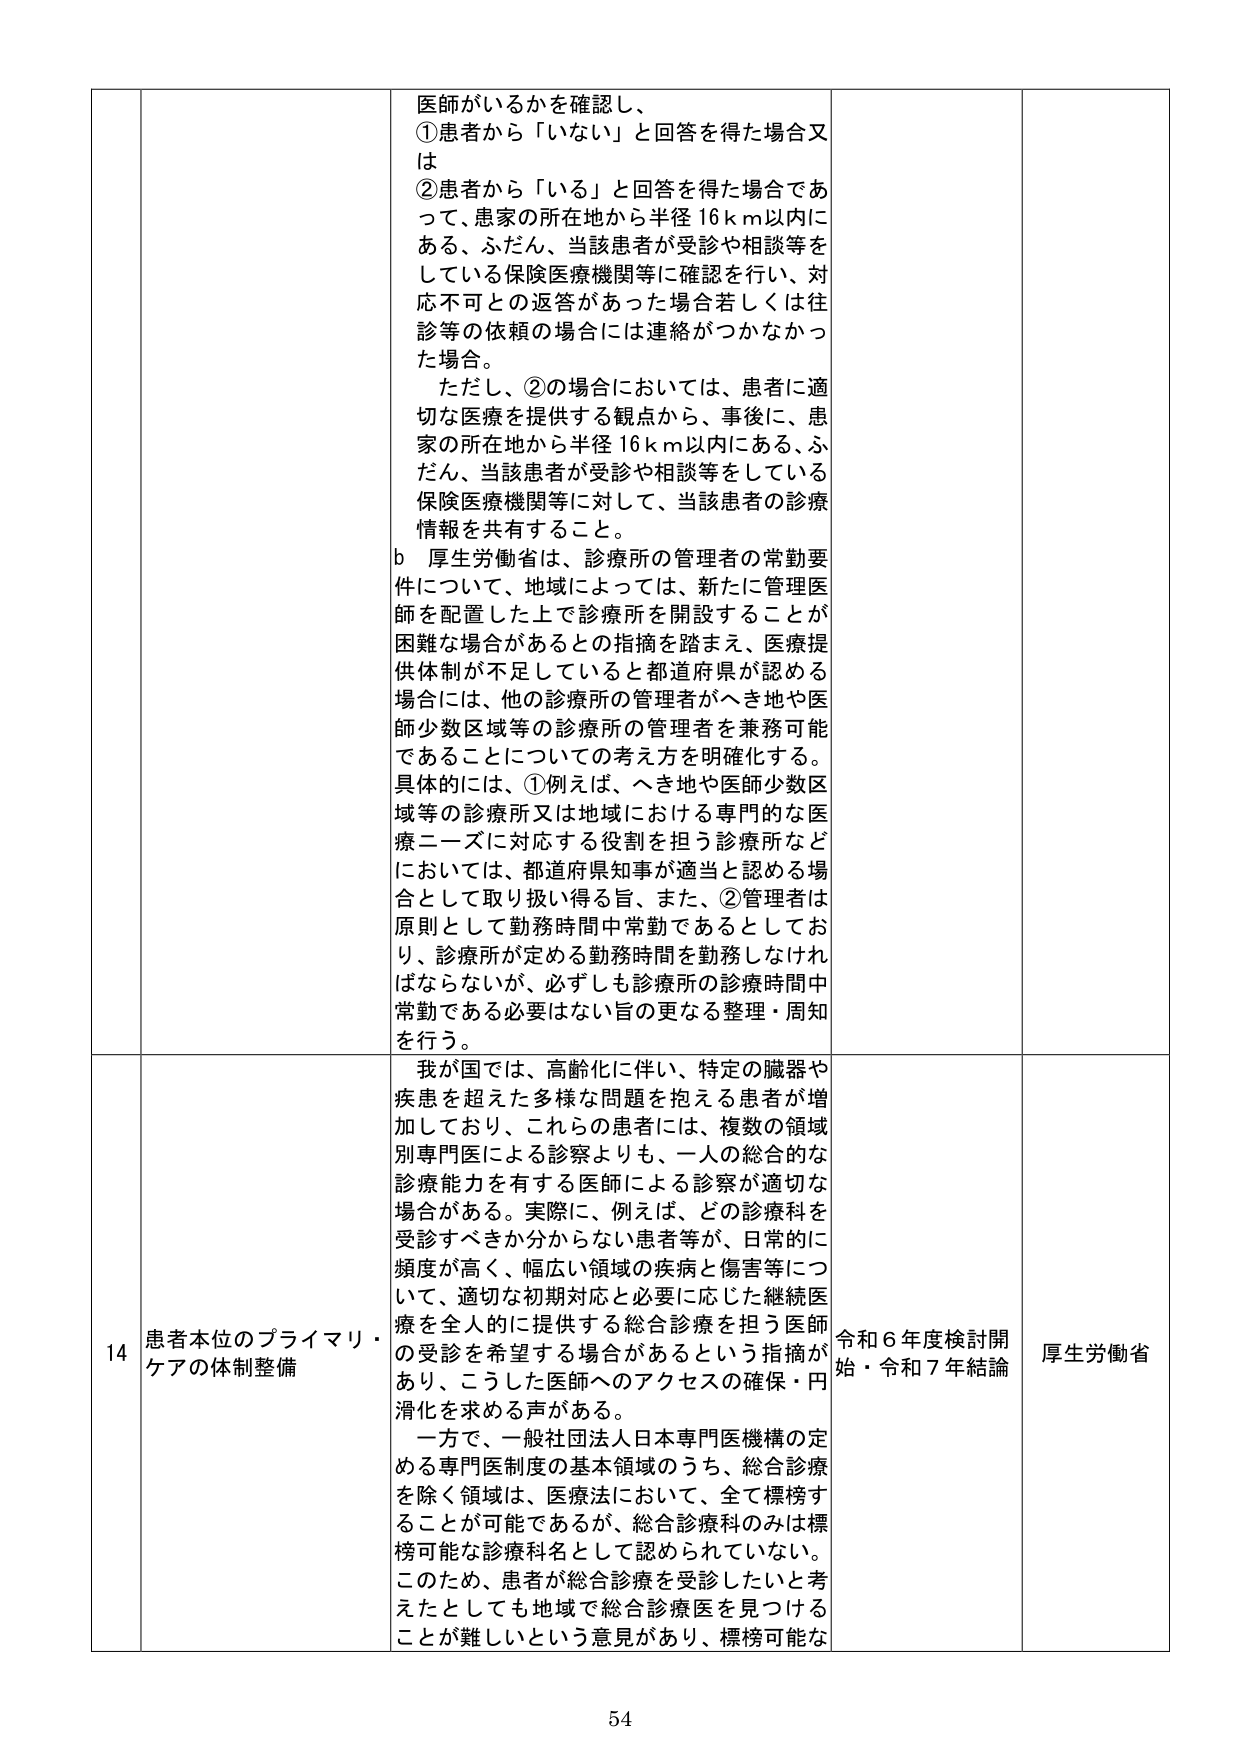
医師がいるかを確認し、
①患者から「いない」と回答を得た場合又は
②患者から「いる」と回答を得た場合であって、患者の所在地から半径16km以内にある、ふだん、当該患者が受診や相談等をしている保険医療機関等に確認を行い、対応不可との返答があった場合若しくは往診等の依頼の場合には連絡がつかなかった場合。
ただし、②の場合においては、患者に適切な医療を提供する観点から、事後に、患者の所在地から半径16km以内にある、ふだん、当該患者が受診や相談等をしている保険医療機関等に対して、当該患者の診療情報を共有すること。
b 厚生労働省は、診療所の管理者の常勤要件について、地域によっては、新たに管理医師を配置した上で診療所を開設することが困難な場合があるとの指摘を踏まえ、医療提供体制が不足していると都道府県が認める場合には、他の診療所の管理者がへき地や医師少数区域等の診療所の管理者を兼務可能であることについての考え方を明確化する。具体的には、①例えば、へき地や医師少数区域等の診療所又は地域における専門的な医療ニーズに対応する役割を担う診療所などにおいては、都道府県知事が適当と認める場合として取り扱い得る旨、また、②管理者は原則として勤務時間中常勤であるとしており、診療所が定める勤務時間を勤務しなければならないが、必ずしも診療所の診療時間中常勤である必要はない旨の更なる整理・周知を行う。

14 患者本位のプライマリ・ケアの体制整備
我が国では、高齢化に伴い、特定の臓器や疾患を超えた多様な問題を抱える患者が増加しており、これらの患者には、複数の領域別専門医による診察よりも、一人の総合的な診療能力を有する医師による診察が適切な場合がある。実際に、例えば、どの診療科を受診すべきか分からない患者等が、日常的に頻度が高く、幅広い領域の疾病と傷害等について、適切な初期対応と必要に応じた継続医療を全人的に提供する総合診療を担う医師の受診を希望する場合があるという指摘があり、こうした医師へのアクセスの確保・円滑化を求める声がある。
一方で、一般社団法人日本専門医機構の定める専門医制度の基本領域のうち、総合診療を除く領域は、医療法において、全て標榜することが可能であるが、総合診療科のみは標榜可能な診療科名として認められていない。このため、患者が総合診療を受診したいと考えたとしても地域で総合診療医を見つけることが難しいという意見があり、標榜可能な

令和6年度検討開始・令和7年結論
厚生労働省

54